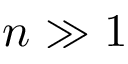
n \gg 1